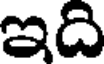
ఇది